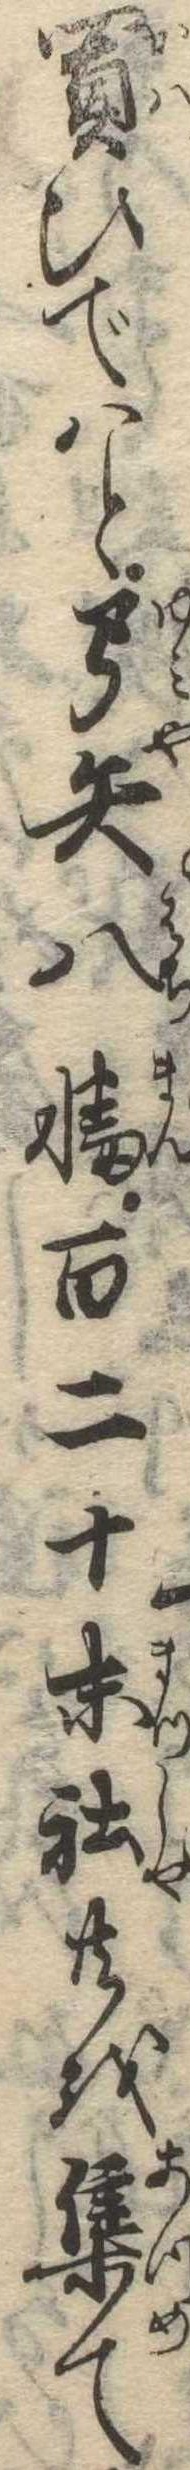
買ひではと弓矢八幡百二十末社共を集て